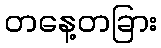
တနေ့တခြား